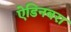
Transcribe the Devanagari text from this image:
ऐडिनबरा